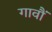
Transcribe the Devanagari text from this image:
गावौं